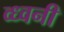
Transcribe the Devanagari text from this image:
व्ध्वनी